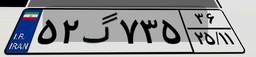
۵۲گ۷۳۵۳۶